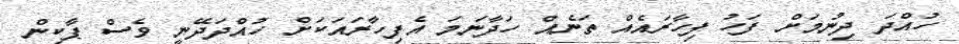
ހުއްދަ ދިނުމަށް ފަހު ފިހާރައެއް ތަނެއް ހަދާނަމަ އެފިހާރައަކަށް ހުއްދަދޭނީ ވެސް ޕާކިން